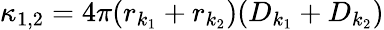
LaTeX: \kappa_{1,2}=4\pi(r_{k_{1}}+r_{k_{2}})(D_{k_{1}}+D_{k_{2}})